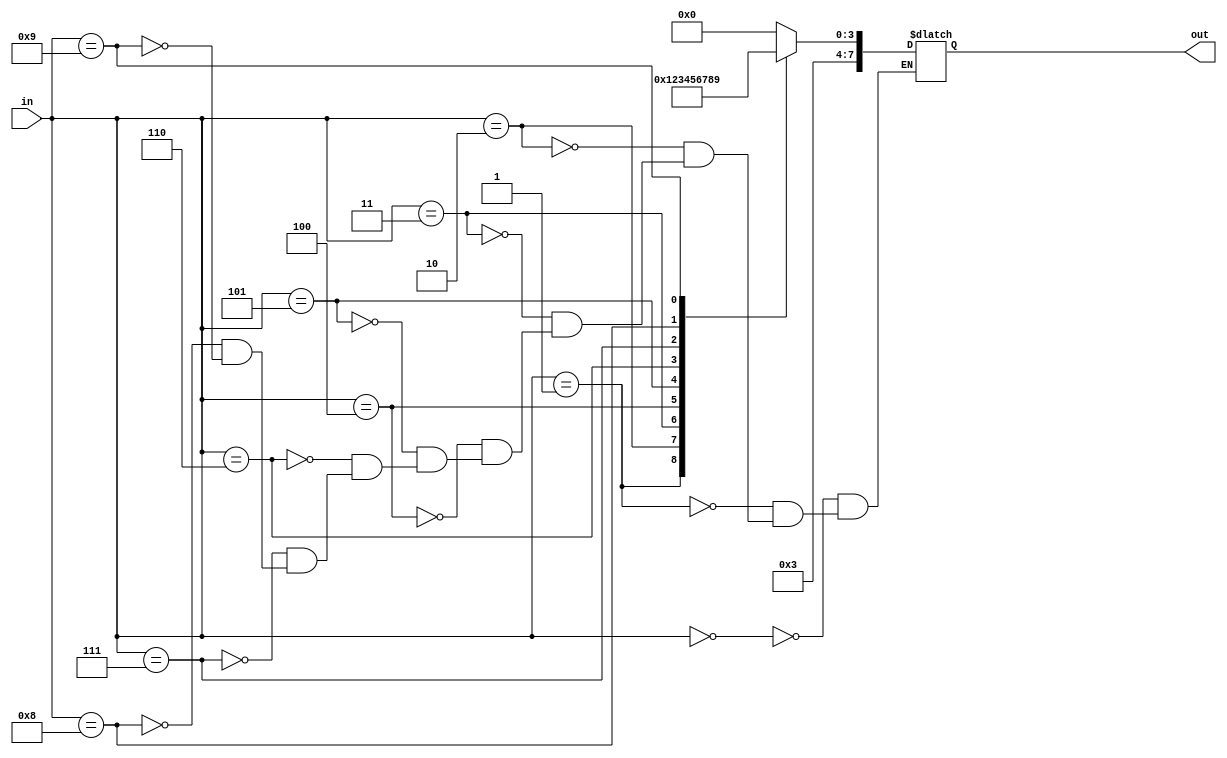
`timescale 1ns / 1ps

//  number_to_charcode module
//  ->converts a single digit number to LCD display code

module number_to_charcode(
    input [3:0] in,
    output reg [7:0] out
    );
    
    //assign to output
    always@(in)
        case(in)
            0: out = 8'h30;
            1: out = 8'h31;
            2: out = 8'h32;
            3: out = 8'h33;
            4: out = 8'h34;
            5: out = 8'h35;
            6: out = 8'h36;
            7: out = 8'h37;
            8: out = 8'h38;
            9: out = 8'h39;
         endcase   
endmodule